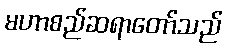
မဟာစည်ဆရာတော်သည်